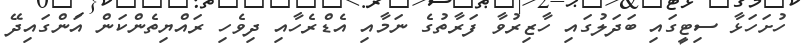
ހުށަހަޅާ ސިޓީގައި ބަދަލުގައި ހާޒިރުވާ ފަރާތުގެ ނަމާއި އެޑްރެހާއި ދިވެހި ރައްޔިތެންކަން އަންގައިދޭ